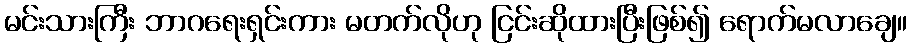
မင်းသားကြီး ဘာဂရေးရှင်းကား မတက်လိုဟု ငြင်းဆိုထားပြီးဖြစ်၍ ရောက်မလာချေ။